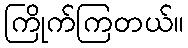
ကြိုက်ကြတယ်။